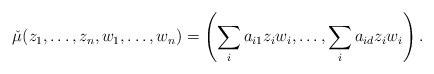
LaTeX: \begin{align*}\check{\mu}(z_{1},\ldots,z_{n},w_{1},\ldots,w_{n})=\left(\sum_{i}a_{i1}z_{i}w_{i},\ldots,\sum_{i}a_{id}z_{i}w_{i}\right).\end{align*}